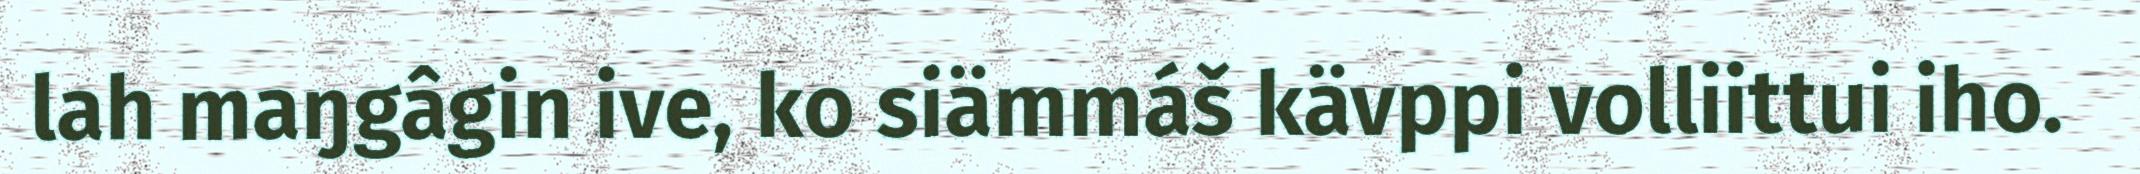
lah maŋgâgin ive, ko siämmáš kävppi volliittui iho.